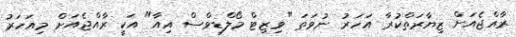
ރާއްޖެއަށް ޒިޔާރަތްކުރާ އަހަރު ނުވަތަ "ވިޒިޓް މޯލްޑިވްސް އިއާ" އަކީ ރާއްޖެއަށް މިއަހަރު